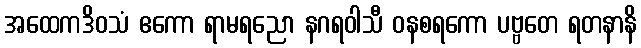
အထေကဒိဝသံ ဧကော ရာမရညော နဂရဝါသီ ဝနစရကော ပဗ္ဗတေ ရတနာနိ